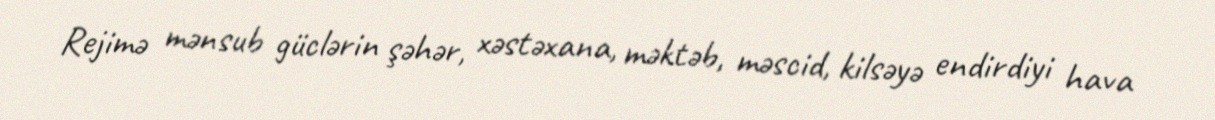
Rejimə mənsub güclərin şəhər, xəstəxana, məktəb, məscid, kilsəyə endirdiyi hava